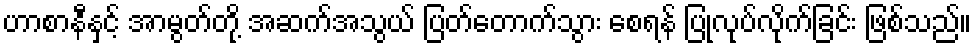
ဟာစာနီနှင့် အာမွတ်တို့ အဆက်အသွယ် ပြတ်တောက်သွား စေရန် ပြုလုပ်လိုက်ခြင်း ဖြစ်သည်။